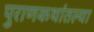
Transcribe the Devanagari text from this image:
पुराणकथांतल्या